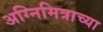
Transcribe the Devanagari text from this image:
अग्निमित्राच्या